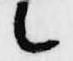
候